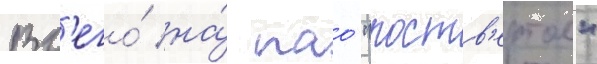
Вс'его́ на́ пао "роств'ертол"